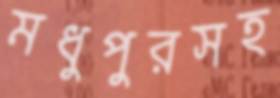
মধুপুরসহ